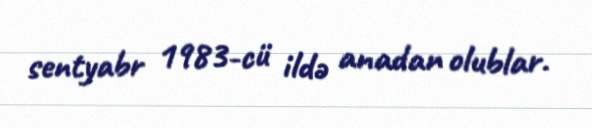
sentyabr 1983-cü ildə anadan olublar.